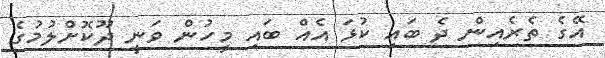
އޭގެ ތެރެއިން ދެ ބައި ކުޅަ އެއް ބައި މީހުން ވަނީ ދޫކޮށްލުމުގެ